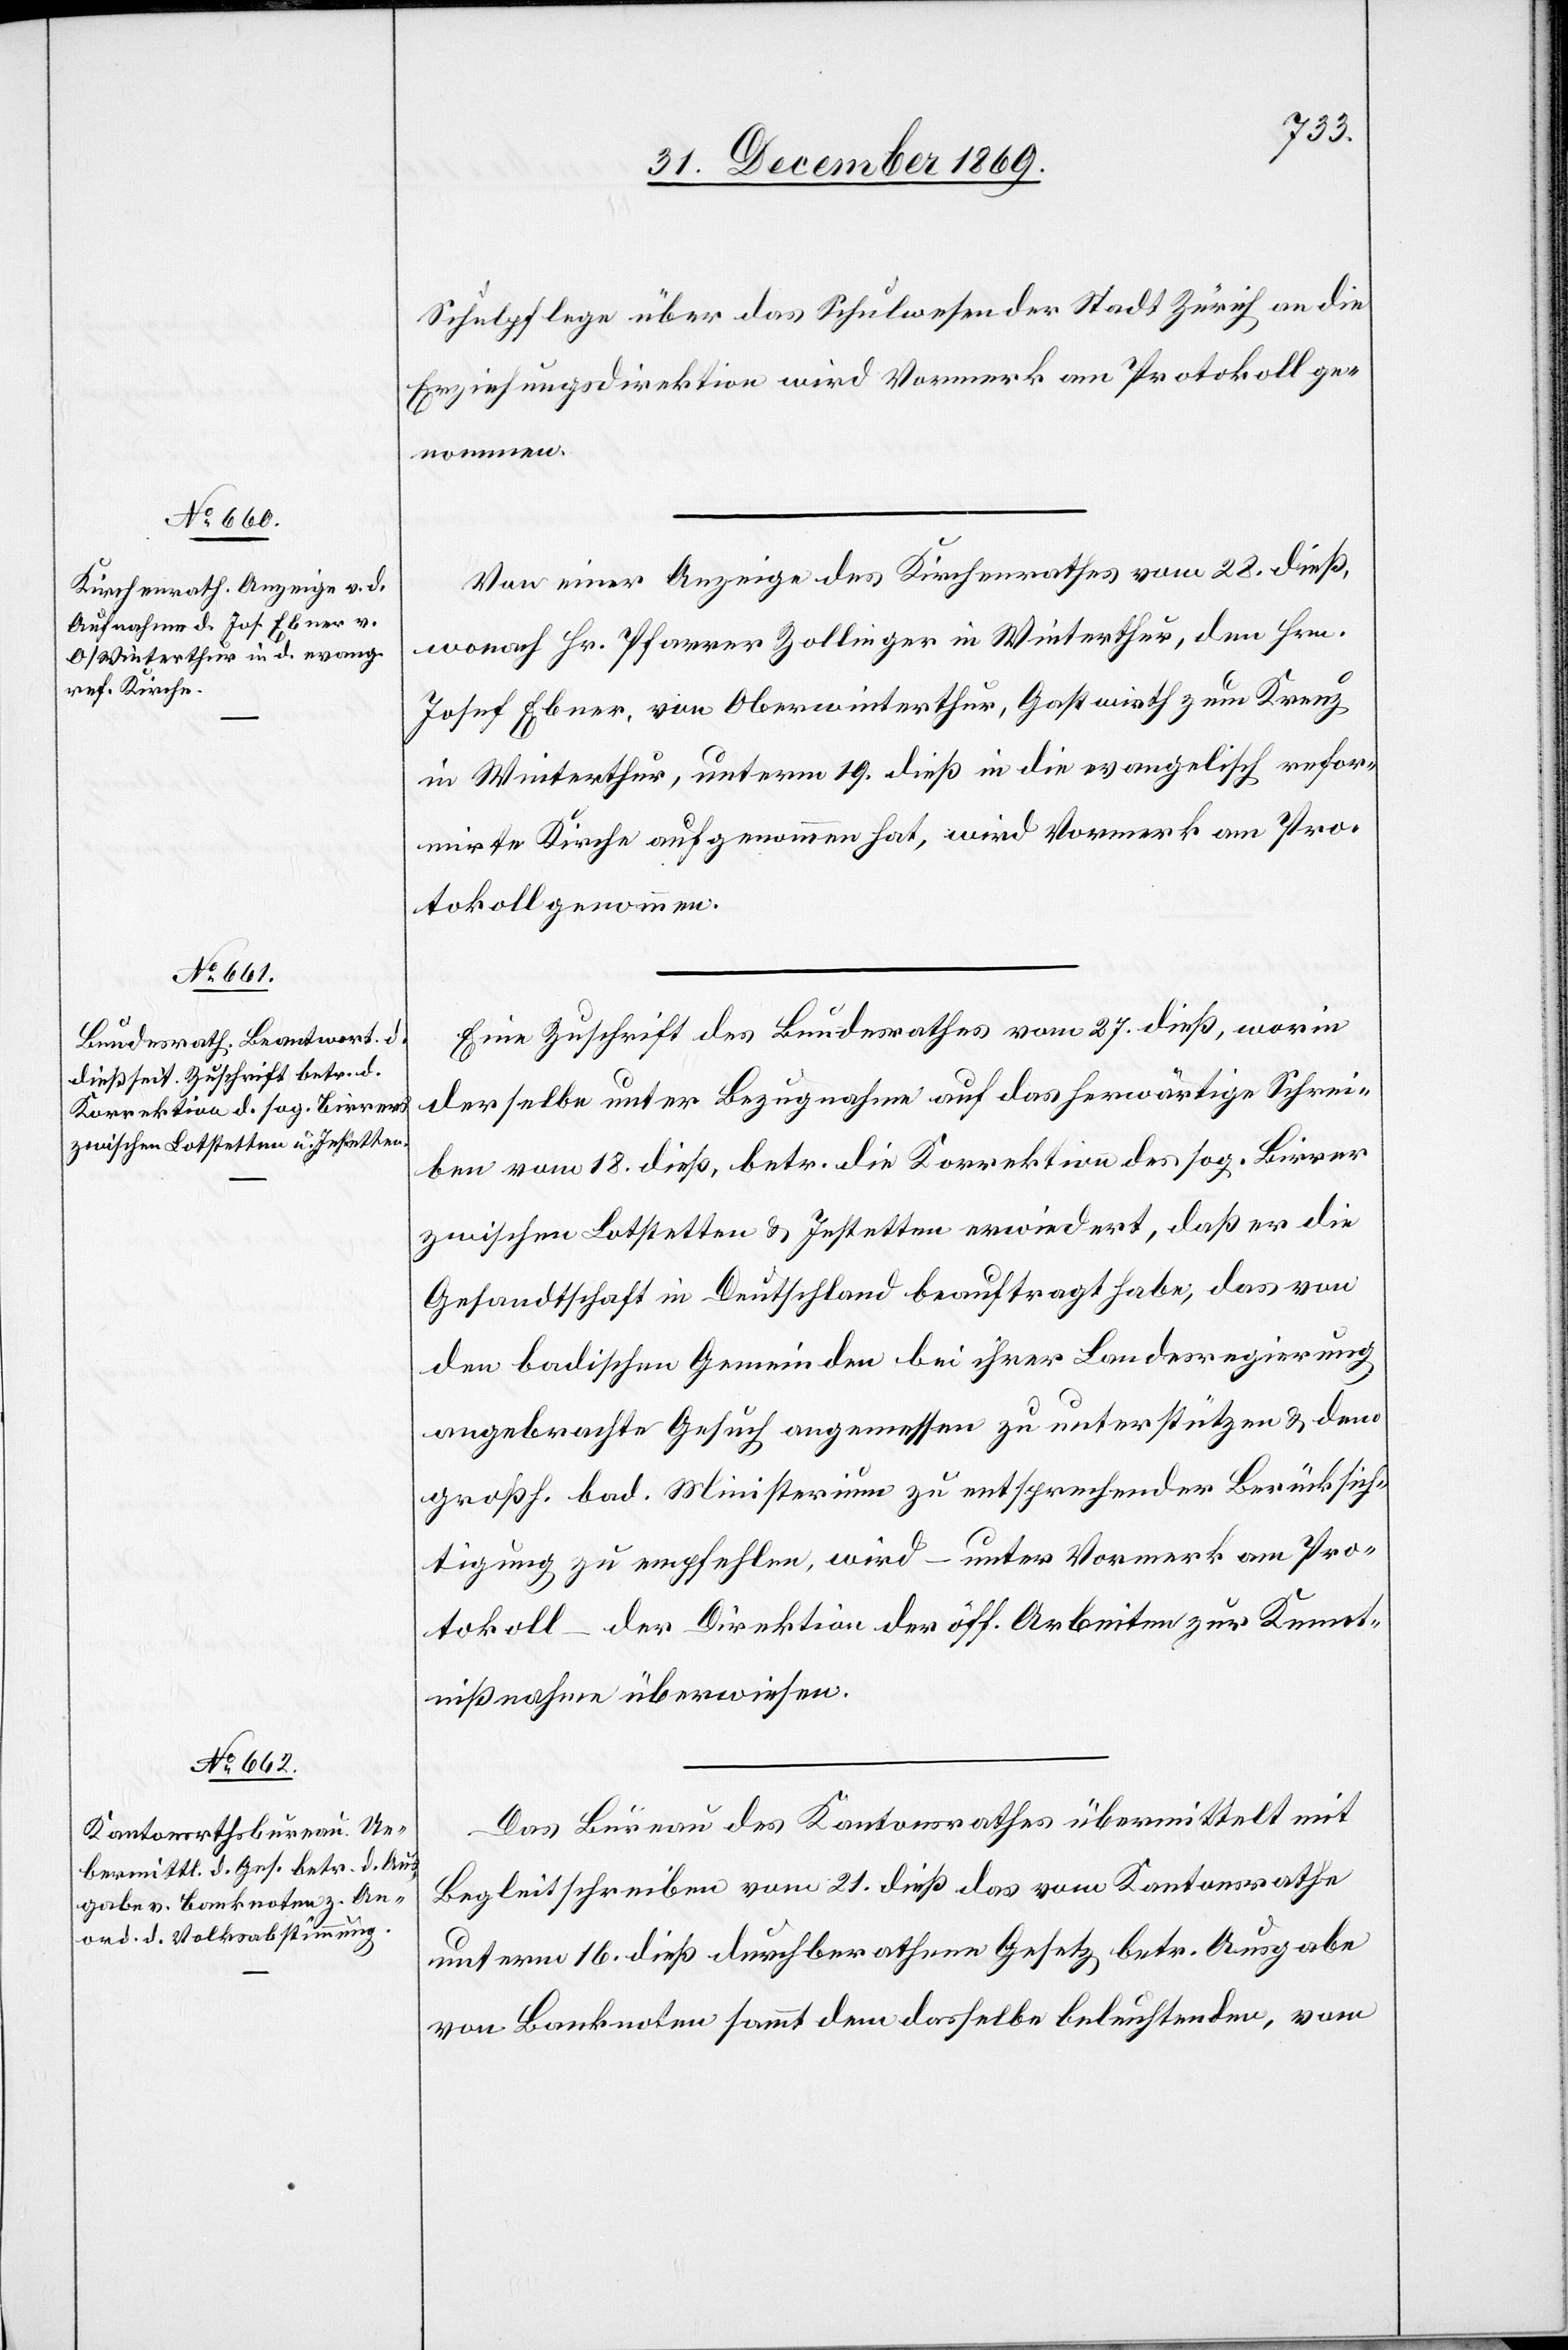
Schulpflege über das Schulwesen der Stadt Zürich an die
Erziehungsdirektion wird Vormerk am Protokoll ge¬
nommen.
Von einer Anzeige des Kirchenrathes vom 28. dieß,
wonach Hr. Pfarrer Zollinger in Winterthur, den Hrn.
Josef Ebner, von Oberwinterthur, Gastwirth zum Kreuz
in Winterthur, unterm 19. dieß in die evangelisch refor¬
mirte Kirche aufgenommen hat, wird Vormerk am Pro¬
tokoll genommen.
Eine Zuschrift des Bundesrathes vom 27. dieß, worin
derselbe unter Bezugnahme auf das herwärtige Schrei¬
ben vom 18. dieß, betr. die Korrektion des sog. Birrer
zwischen Lotstetten & Jestetten erwiedert, daß er die
Gesandtschaft in Deutschland beauftragt habe, das von
den badischen Gemeinden bei ihrer Landesregierung
angebrachte Gesuch angemessen zu unterstützen & dem
großh. bad. Ministerium zu entsprechender Berücksich¬
tigung zu empfehlen, wird – unter Vormerk am Pro¬
tokoll – der Direktion der öff. Arbeiten zur Kennt¬
nißnahme überwiesen.
Das Bureau des Kantonsraths übermittelt mit
Begleitschreiben vom 21. dieß das vom Kantonsrathe
unterm 16. dieß durchberathene Gesetz betr. Ausgabe
von Banknoten sammt dem dasselbe beleuchtenden, vom